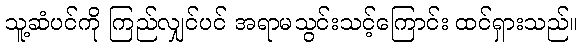
သူ့ဆံပင်ကို ကြည်လျှင်ပင် အရာမသွင်းသင့်ကြောင်း ထင်ရှားသည်။